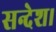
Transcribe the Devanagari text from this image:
सन्देश।